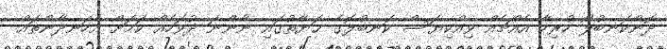
ދޮންކަނބުލޯ ހުރިހާ އެއްޗެއް ވިއްކިޔަސް ކަނބުލޮގެ ޙަޔާތުގައި ނާންނަ ދުވަހެއް ކަމަށް އެހަނދާންތައް